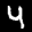
Label: 4